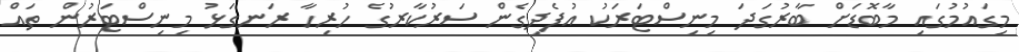
މިގައުމުގައި މާބޮޑަށް ބާރުގަދަ މިނިސްޓަރަކު އުފެދިގެން ސަރުކާރުގެ ހުރިހާ ރަނގަޅު މިނިސްޓަރުން ތައް